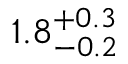
1 . 8 _ { - 0 . 2 } ^ { + 0 . 3 }